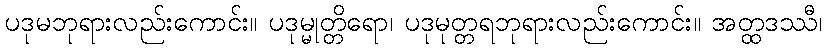
ပဒုမဘုရားလည်းကောင်း။ ပဒုမ္မုတ္တိရော၊ ပဒုမုတ္တရဘုရားလည်းကောင်း။ အတ္ထဒဿီ၊